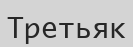
Третьяк